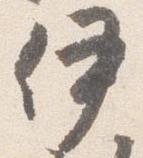
伊